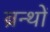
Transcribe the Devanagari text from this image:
ब्रन्थों